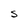
Character: S